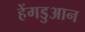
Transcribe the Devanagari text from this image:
हेंगडुआन